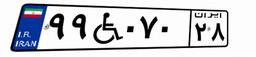
۹۹W۰۷۰۲۸